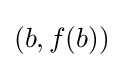
\left(b,f(b)\right)